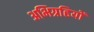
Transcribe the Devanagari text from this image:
अभिग्रहियों